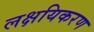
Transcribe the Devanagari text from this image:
लक्षयिकरण